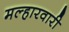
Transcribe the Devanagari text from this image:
मल्हारवारी